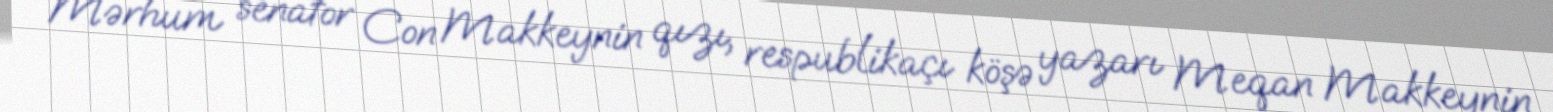
Mərhum senator Con Makkeynin qızı, respublikaçı köşə yazarı Meqan Makkeynin